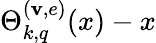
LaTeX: \Theta_{k,q}^{(\mathbf{v},e)}(x)-x